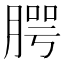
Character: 腭